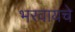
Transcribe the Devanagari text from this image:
भरवायचे